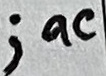
Text: ;ac